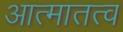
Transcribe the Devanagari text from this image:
आत्मातत्व